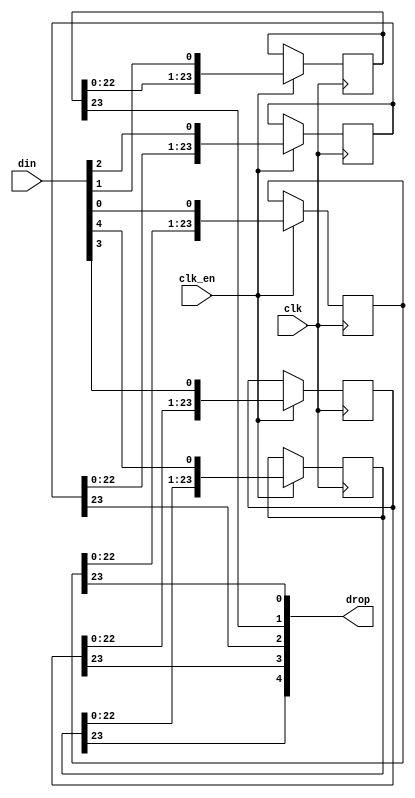
/*  This file is part of JT12.

    JT12 is free software: you can redistribute it and/or modify
    it under the terms of the GNU General Public License as published by
    the Free Software Foundation, either version 3 of the License, or
    (at your option) any later version.

    JT12 is distributed in the hope that it will be useful,
    but WITHOUT ANY WARRANTY; without even the implied warranty of
    MERCHANTABILITY or FITNESS FOR A PARTICULAR PURPOSE.  See the
    GNU General Public License for more details.

    You should have received a copy of the GNU General Public License
    along with JT12.  If not, see <http://www.gnu.org/licenses/>.

	Author: Jose Tejada Gomez. Twitter: @topapate
	Version: 1.0
	Date: 1-31-2017
	*/


// stages must be greater than 2
module jt12_sh #(parameter width=5, stages=24 )
(
	input 				clk,
	input				clk_en /* synthesis direct_enable */,
	input	[width-1:0]	din,
   	output	[width-1:0]	drop
);

reg [stages-1:0] bits[width-1:0];

genvar i;
generate
	for (i=0; i < width; i=i+1) begin: bit_shifter
		always @(posedge clk) if(clk_en) begin
			bits[i] <= {bits[i][stages-2:0], din[i]};
		end
		assign drop[i] = bits[i][stages-1];
	end
endgenerate

endmodule